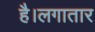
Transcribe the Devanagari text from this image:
है।लगातार